Senior Leaving Certificate Examination (including Day School Certificate (Higher) General paper), 1949
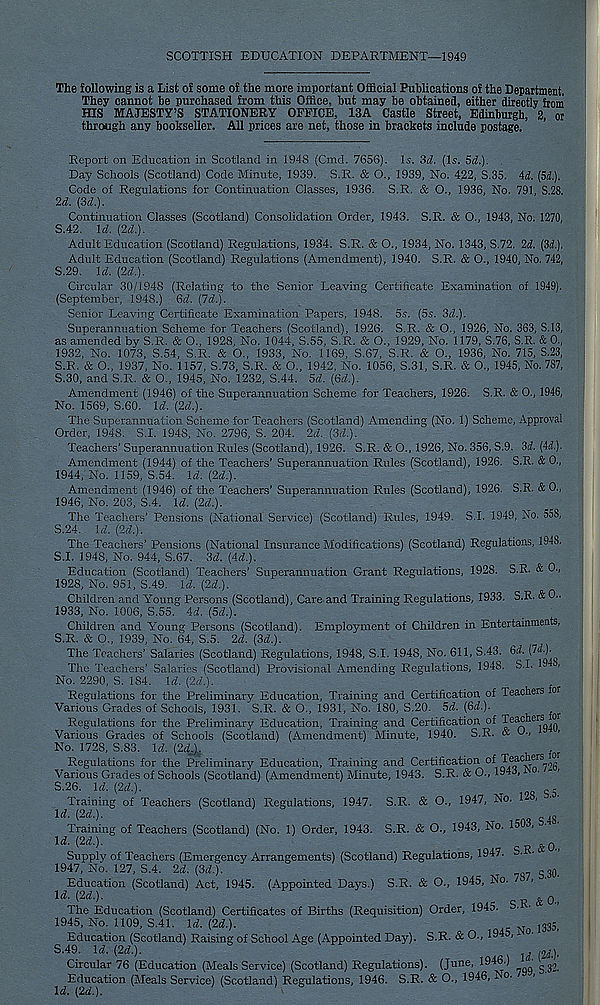
SCOTTISH EDUCATION DEPARTMENT—1949
The following is a List of some of the more important Official Publications of the Department.
They cannot be purchased from this Office, but may be obtained, either directly from
HIS MAJESTY’S STATIONERY OFFICE, 13A Castle Street, Edinburgh, 3, or
through any bookseller. All prices are net, those in brackets include postage.
Report on Education in Scotland in 1948 (Cmd. 7656). Is. 3d. (Is. 5d.).
Day Schools (Scotland) Code Minute, 1939. S.R. & O., 1939, No. 422, S.35. 4d. (Si.).
Code of Regulations for Continuation Classes, 1936. S.R. & O., 1936, No. 791, S.28.
2d. (3d.).
Continuation Classes (Scotland) Consolidation Order, 1943. S.R. & O., 1943, No. 1270,
S.42. \d. (2d.).
Adult Education (Scotland) Regulations, 1934. S.R. & O., 1934, No. 1343, S.72. 2d. (3d.).
Adult Education (Scotland) Regulations (Amendment), 1940. S.R. & O., 1940, No. 742,
5.29. U. (2d.).
Circular 30/1948 (Relating to the Senior Leaving Certificate Examination of 1949).
(September, 1948.) 6d. (7d.).
Senior Leaving Certificate Examination Papers, 1948. 5s. (5s. 3d.).
Superannuation Scheme for Teachers (Scotland), 1926. S.R. & O., 1926, No. 363, S.13,
as amended by S.R. & O., 1928, No. 1044, S.55, S.R. & O., 1929, No. 1179, S.76, S.R. & 0.,
1932, No. 1073, S.54, S.R. & O., 1933, No. 1169, S.67, S.R. & O., 1936, No. 715, S.23,
S.R. & O., 1937, No. 1157, S.73, S.R. & O., 1942, No. 1056, S.31, S.R. & O., 1945, No. 787,
5.30, and S.R. & O., 1945, No. 1232, S.44. 5d. (6d.).
Amendment (1946) of the Superannuation Scheme for Teachers, 1926. S.R. & O., 1946,
No. 1569, S.60. Id. (2d.).
The Superannuation Scheme for Teachers (Scotland) Amending (No. 1) Scheme, Approval
Order, 1948. S.I. 1948, No. 2796, S. 204. 2d. (3d.).
Teachers' Superannuation Rules (Scotland), 1926. S.R. & O., 1926, No, 356, S.9. 3d. (44.),
Amendment (1944) of the Teachers' Superannuation Rules (Scotland), 1926. S.R. & 0.,
1944, No. 1159, S.54. Id. (2d.).
Amendment (1946) of the Teachers’ Superannuation Rules (Scotland), 1926. S.R. & 0.,
1946, No. 203, S.4. Id. (2d.).
The Teachers’ Pensions (National Service) (Scotland) Rules, 1949. S.I. 1949, No. 558,
S.24. \d. (2d.).
The Teachers’ Pensions (National Insurance Modifications) (Scotland) Regulations, 1948.
S.I. 1948, No. 944, S.67. 3d. (Ad.).
Education (Scotland) Teachers’ Superannuation Grant Regulations, 1928. S.R. & 0.,
1928, No. 951, S.49. Id. (2d.).
Children and Young Persons (Scotland), Care and Training Regulations, 1933. S.R. & 0..
1933, No. 1006, S.55. 4d. (5d.).
Children and Young Persons (Scotland). Employment of Children in Entertainments,
S.R. & O., 1939, No. 64, S.5. 2d. (3d.).
The Teachers’ Salaries (Scotland) Regulations, 1948, S.I. 1948, No. 611, S.43. 64. (W-)-
The Teachers’ Salaries (Scotland) Provisional Amending Regulations, 1948. S.I. 19' ,
No. 2290, S. 184. Id. (2d.).
~
Regulations for the Preliminary Education, Training and Certification of Teachers or
Various Grades of Schools, 1931. S.R. & O., 1931, No. 180, S.20. 5d. (64.).
Regulations for the Preliminary Education, Training and Certification of Teachers or
Various Grades of Schools (Scotland) (Amendment) Minute, 1940. S.R. « U.,
No. 1728, S.83. Id. (24.)..
r
Regulations for the Preliminary Education, Training and Certification
Various Grades of Schools (Scotland) (Amendment) Minute, 1943. S.R. & O., 1943, -
S.26. 14. (24.).
-
Training of Teachers (Scotland) Regulations, 1947. S.R. & O., 1947, No. 1 ■
14. (24.).
.
4g
Training of Teachers (Scotland) (No. 1) Order, 1943. S.R. & O., 1943, No. 1503,
14. (24.).
0j
Supply of Teachers (Emergency Arrangements) (Scotland) Regulations, 1947. S.
1947, No. 127, S.4. 24. (34.).
s30 ,
Education (Scotland) Act, 1945. (Appointed Days.) S.R. & O., 1945, No. / .
Id. (2d.).
& o.,
The Education (Scotland) Certificates of Births (Requisition) Order, 1945. S. •
1945, No. 1109, S.41. 14. (24.).
. ^
Education (Scotland) Raising of School Age (Appointed Day). S.R. & O.,
1 °'
S - 49 / ld - (2d +
.
14.(2^
Circular 76 (Education (Meals Service) (Scotland) Regulations). (June, l-W.]
^ ^
Education (Meals Service) (Scotland) Regulations, 1946. S.R. & O., 1946, No- J
14. (24.).